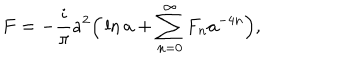
F = - \frac { i } { \pi } a ^ { 2 } \Big ( \ln a + \sum _ { n = 0 } ^ { \infty } F _ { n } a ^ { - 4 n } \Big ) ,